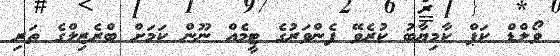
ވޯލްޑް ކަޕް ކާމިޔާބު ކުރެވޭ ފެންވަރުގެ ޓީމެއް ނޫން ކަމަށް ބްރެޒިލްގެ ތަރި